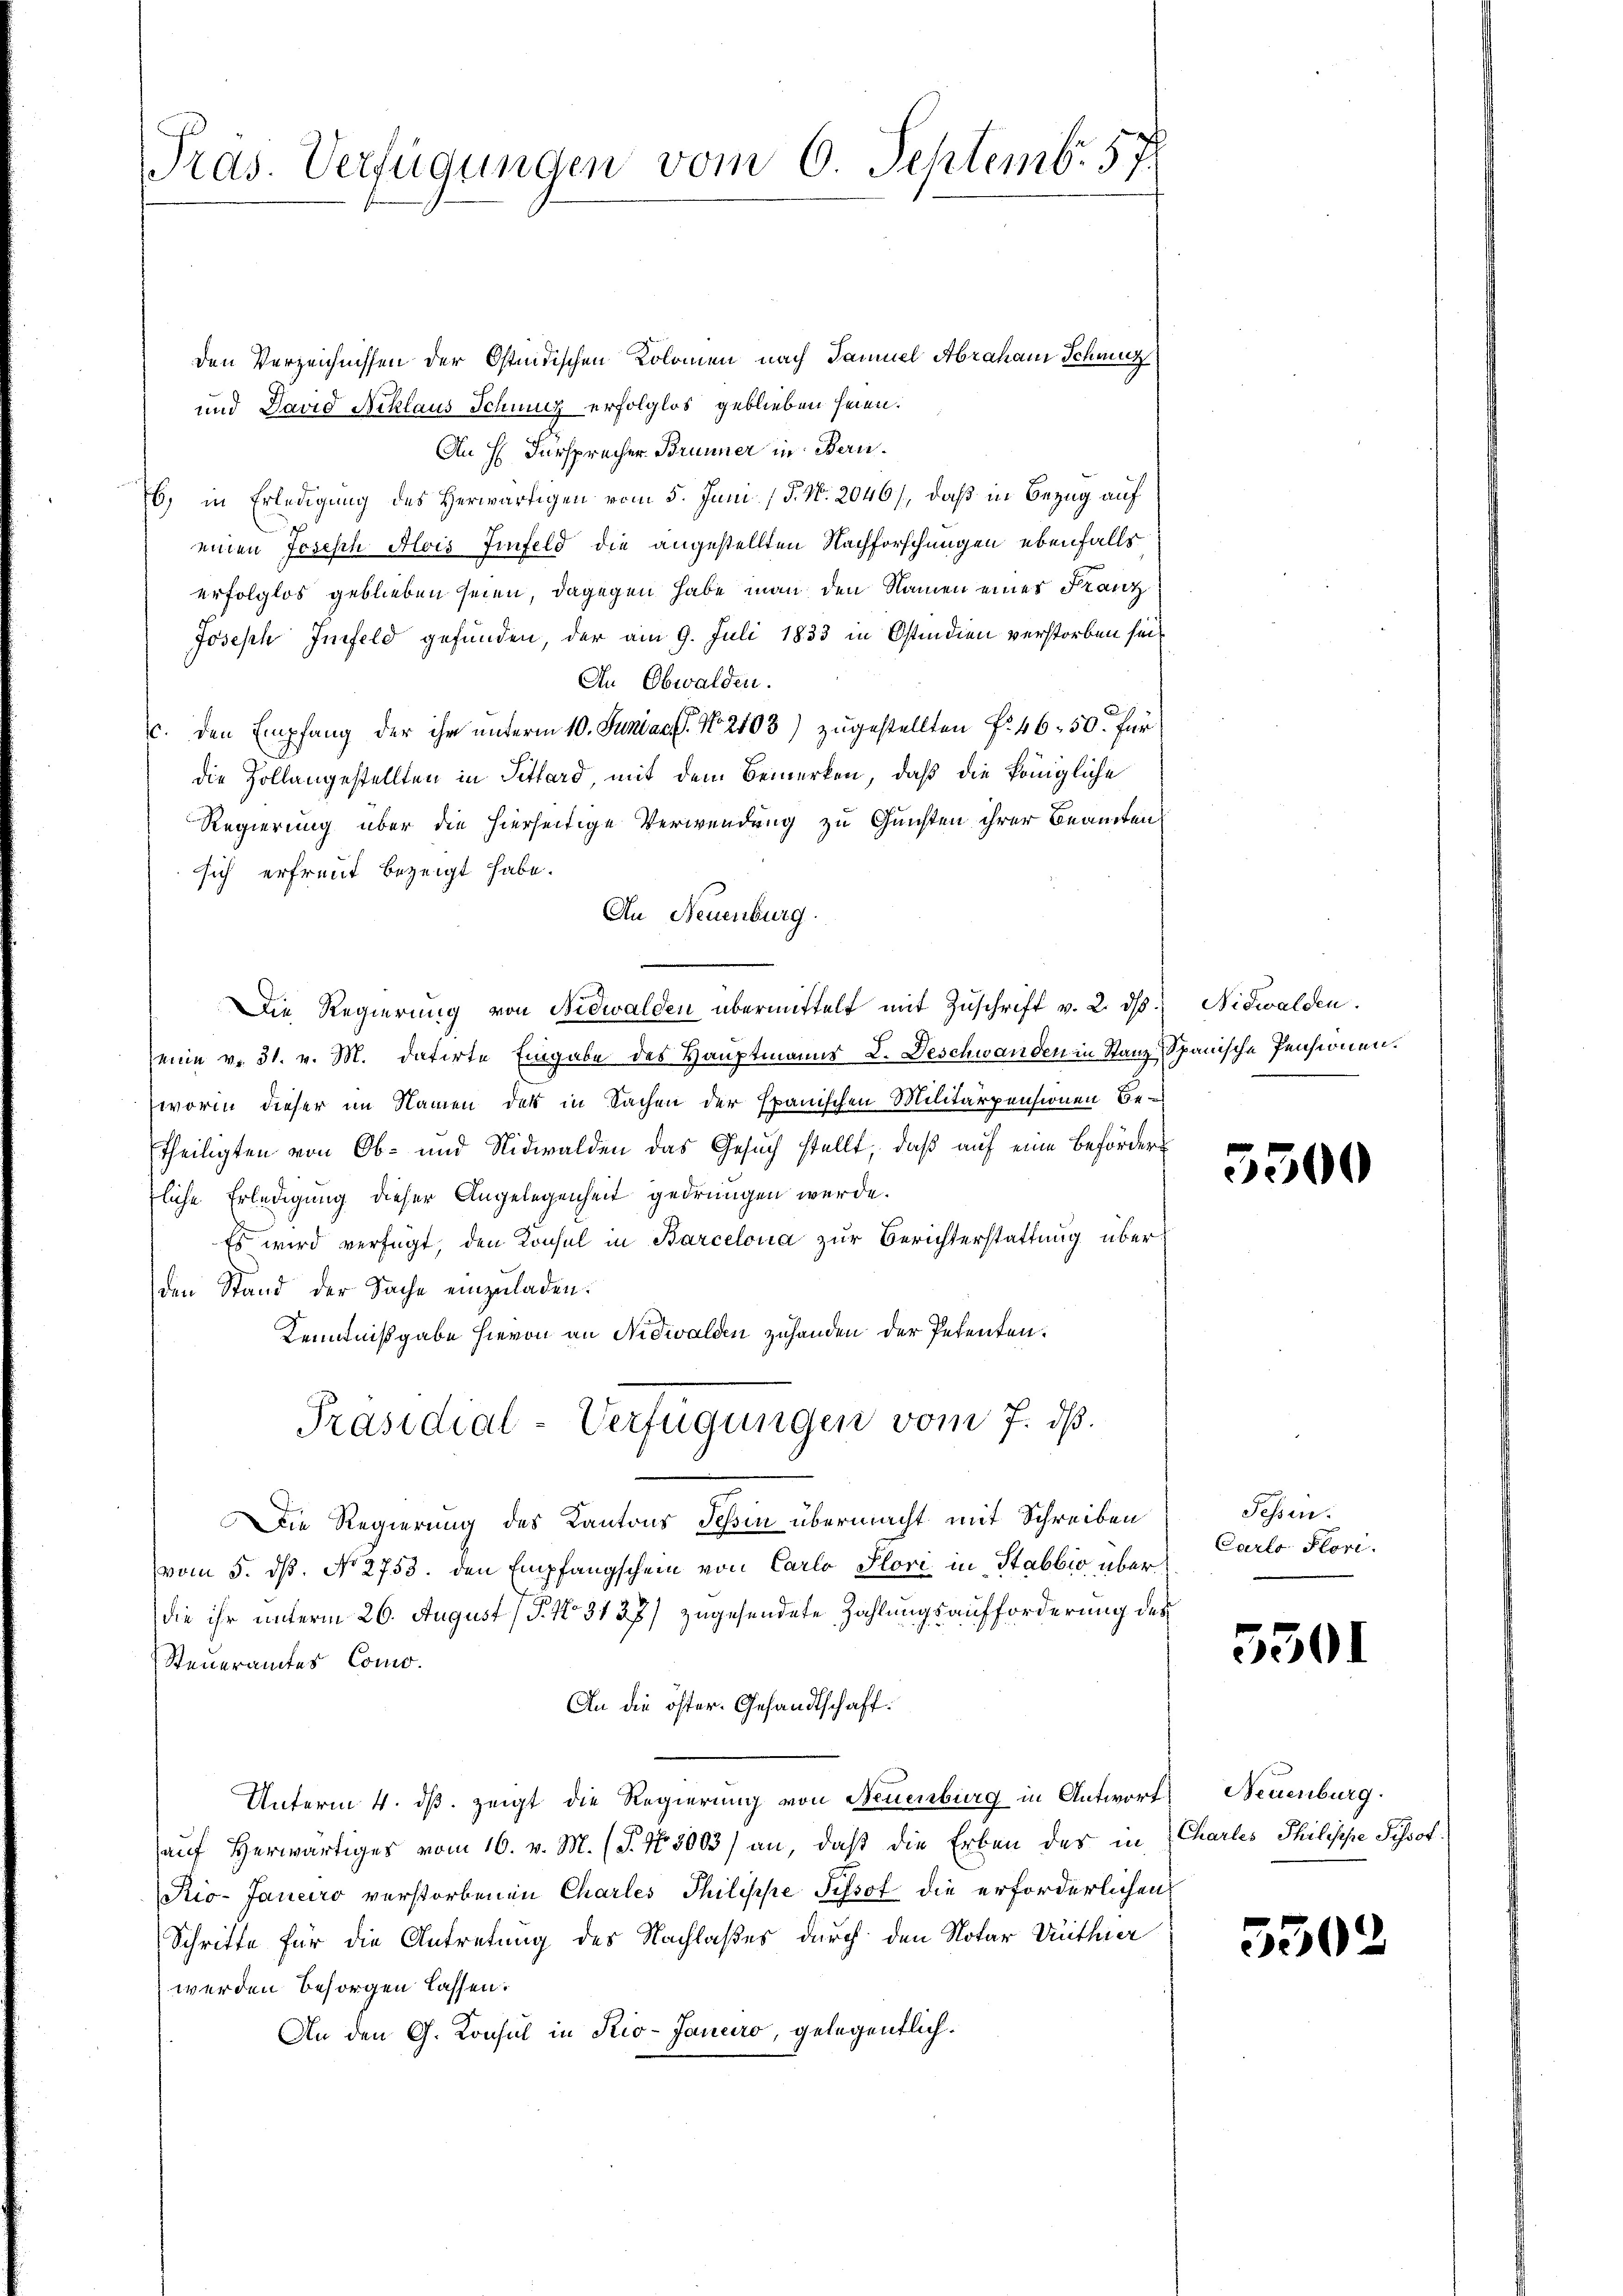
Präs. Verfügungen vom 6. Septemb. 57.

den Verzeichnissen der Ostindischen Kolomen nach Samuel Abraham Schmutz
und David Niklaus Sitzung erfolglos geblieben seien.
An H. Fürsprecher Brunner in Beru¬
6) in Erledigung des Herwärtigen vom 5. Juni (§. N. 2046), daß in Bezug auf
einen Joseph Alois Einfeld die angestellten Nachforschungen ebenfalls
erfolglos geblieben seien, dagegen habe man den Namen eines Franz
Joseph Infeld gefunden, der am 9. Juli 1833 in Ostindien verstorben sei¬
In Obwalden.
c. den Empfang der ihr unterm 10. Juniae. No 2103) zugestellten f. 46. 50. für
die Zollangestellten in Tithard, mit dem Bemerken, daß die königliche
Regierung über die hierseitige Verwendung zu Gunsten ihrer Beamten
sich erfreut bezeigt habe.
An Neuenburg.
Die Regierŭng von Nidwalden übermittelt mit Zŭschrift v. 2. ds. Nidwalden.
eine v. 31. v. M. datirte Eingabe des Hauptmanns L. Deschwanden in Stanz Spanische Pensionen.
worin dieser im Namen des in Sachen der Epanischen Militärpensionen Betheiligten von Ob- und Nidwalden das Gesuch stellt, daß auf eine Beförder
fliche Erledigung dieser Angelegenheit gedrungen werde.
Es wird verfügt, den Konsul in Barcelona zur Berichterstattung über
den Stand der Sache einzuladen.
Kenntnißgabe hievon an Nidwalden zuhanden der Petenten.
Präsidial-Verfügungen vom 7. dß.
Die Regierung des Kantons Tessin übermacht mit Schreiben
vom 5. ds. No. 2753. den Empfangschein von Carlo Stori in Stabbio über
die ihr unterm 26. August (T. No. 3137) zugesendete Zahlungsaufforderung des
Steueramtes Como¬
An die öster- Gesandtschaft.
Unterm 4. ds. zeigt die Regierung von Neuenburg in Antwort, Neuenburg
auf Herwärtiges vom 16. v. M. (T. No. 5003) an, daß die Erben der in Charlis Philische Schrot
Rio- Janeiro verstorbenen Charles Philische Schof die erforderlichen
Schritte für die Antretung des Nachlaßes durch den Notar Duthier
werden besorgen lassen.
An den G. Konsul in Rio-Janeiro, gelegentlich.

5500

Sessen:
Carlo Flori.

5501

5502